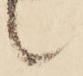
候